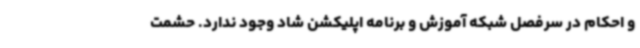
و احکام در سرفصل شبکه آموزش و برنامه اپلیکشن شاد وجود ندارد. حشمت